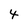
Character: 4